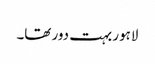
لاہور بہت دور تھا۔